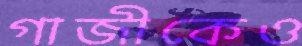
গাজীকেও